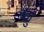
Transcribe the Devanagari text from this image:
रह्युं